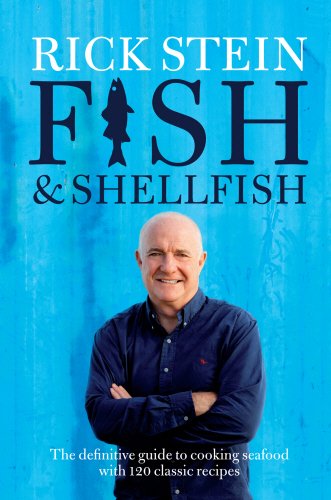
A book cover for Fish & Shellfish; Rick Stein; Cookbooks, Food & Wine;